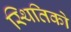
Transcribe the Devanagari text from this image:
स्थितिको